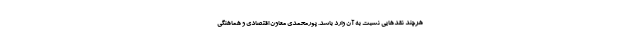
هرچند نقدهایی نسبت به آن وارد باشد. پورمحمدی معاون اقتصادی و هماهنگی